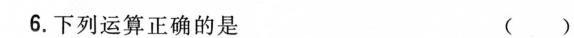
6.下列运算正确的是 ( )